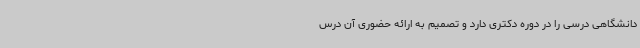
دانشگاهی درسی را در دوره دکتری دارد و تصمیم به ارائه حضوری آن درس